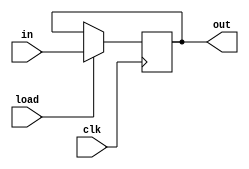
module vDFFE(clk, load, in, out);
  parameter n=1;
  input clk, load;
  input [n-1:0] in;
  output [n-1:0] out;
  reg [n-1:0] out;
  reg [n-1:0] vDFF_in;

  always@(*)
    vDFF_in = (load) ? in : out;

  always @(posedge clk)
    out = vDFF_in;

endmodule